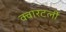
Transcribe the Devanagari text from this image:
क्वारटर्ली